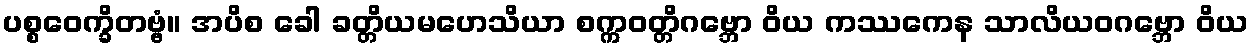
ပစ္စဝေက္ခိတဗ္ဗံ။ အပိစ ခေါ ခတ္တိယမဟေသိယာ စက္ကဝတ္တိဂဗ္ဘော ဝိယ ကဿကေန သာလိယဝဂဗ္ဘော ဝိယ